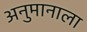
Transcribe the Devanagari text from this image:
अनुमानाला